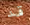
قد